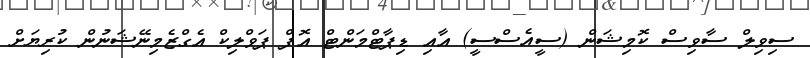
ސިވިލް ސާވިސް ކޮމިޝަން (ސީއެސްސީ) އާއި ޑިޕާޓްމަންޓް އޮފް ޕަވްލިކް އެގްޒެމިނޭޝަނުން ކުރިޔަށް